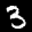
Label: 3